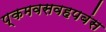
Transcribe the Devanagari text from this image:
प्कमवसवहपबंस